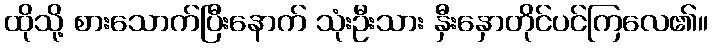
ထိုသို့ စားသောက်ပြီးနောက် သုံးဦးသား နှီးနှောတိုင်ပင်ကြလေ၏။